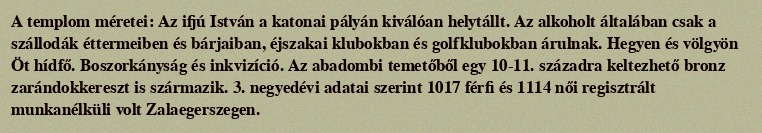
A templom méretei: Az ifjú István a katonai pályán kiválóan helytállt. Az alkoholt általában csak a szállodák éttermeiben és bárjaiban, éjszakai klubokban és golfklubokban árulnak. Hegyen és völgyön Öt hídfő. Boszorkányság és inkvizíció. Az abadombi temetőből egy 10-11. századra keltezhető bronz zarándokkereszt is származik. 3. negyedévi adatai szerint 1017 férfi és 1114 női regisztrált munkanélküli volt Zalaegerszegen.